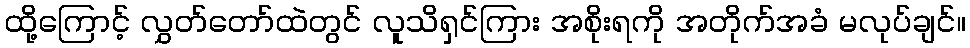
ထို့ကြောင့် လွှတ်တော်ထဲတွင် လူသိရှင်ကြား အစိုးရကို အတိုက်အခံ မလုပ်ချင်။